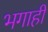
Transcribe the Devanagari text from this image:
भगाही